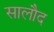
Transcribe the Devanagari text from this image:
सालौद